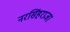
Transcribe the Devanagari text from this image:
नरसिंहराजा